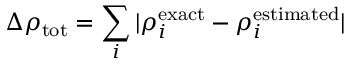
\Delta \rho _ { \mathrm { t o t } } = \sum _ { i } { | \rho _ { i } ^ { \mathrm { e x a c t } } - \rho _ { i } ^ { \mathrm { e s t i m a t e d } } | }